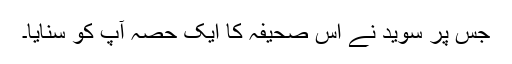
جس پر سُوَید نے اس صحیفہ کا ایک حصہ آپؐ کو سنایا۔